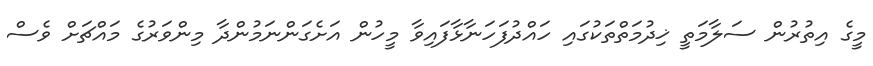
މީގެ އިތުރުން ސަލާމަތީ ޚިދުމަތްތަކުގައި ހައްދުފަހަނާޅާފައިވާ މީހުން އަށެގަންނަމުންދާ މިންވަރުގެ މައްޗަށް ވެސް